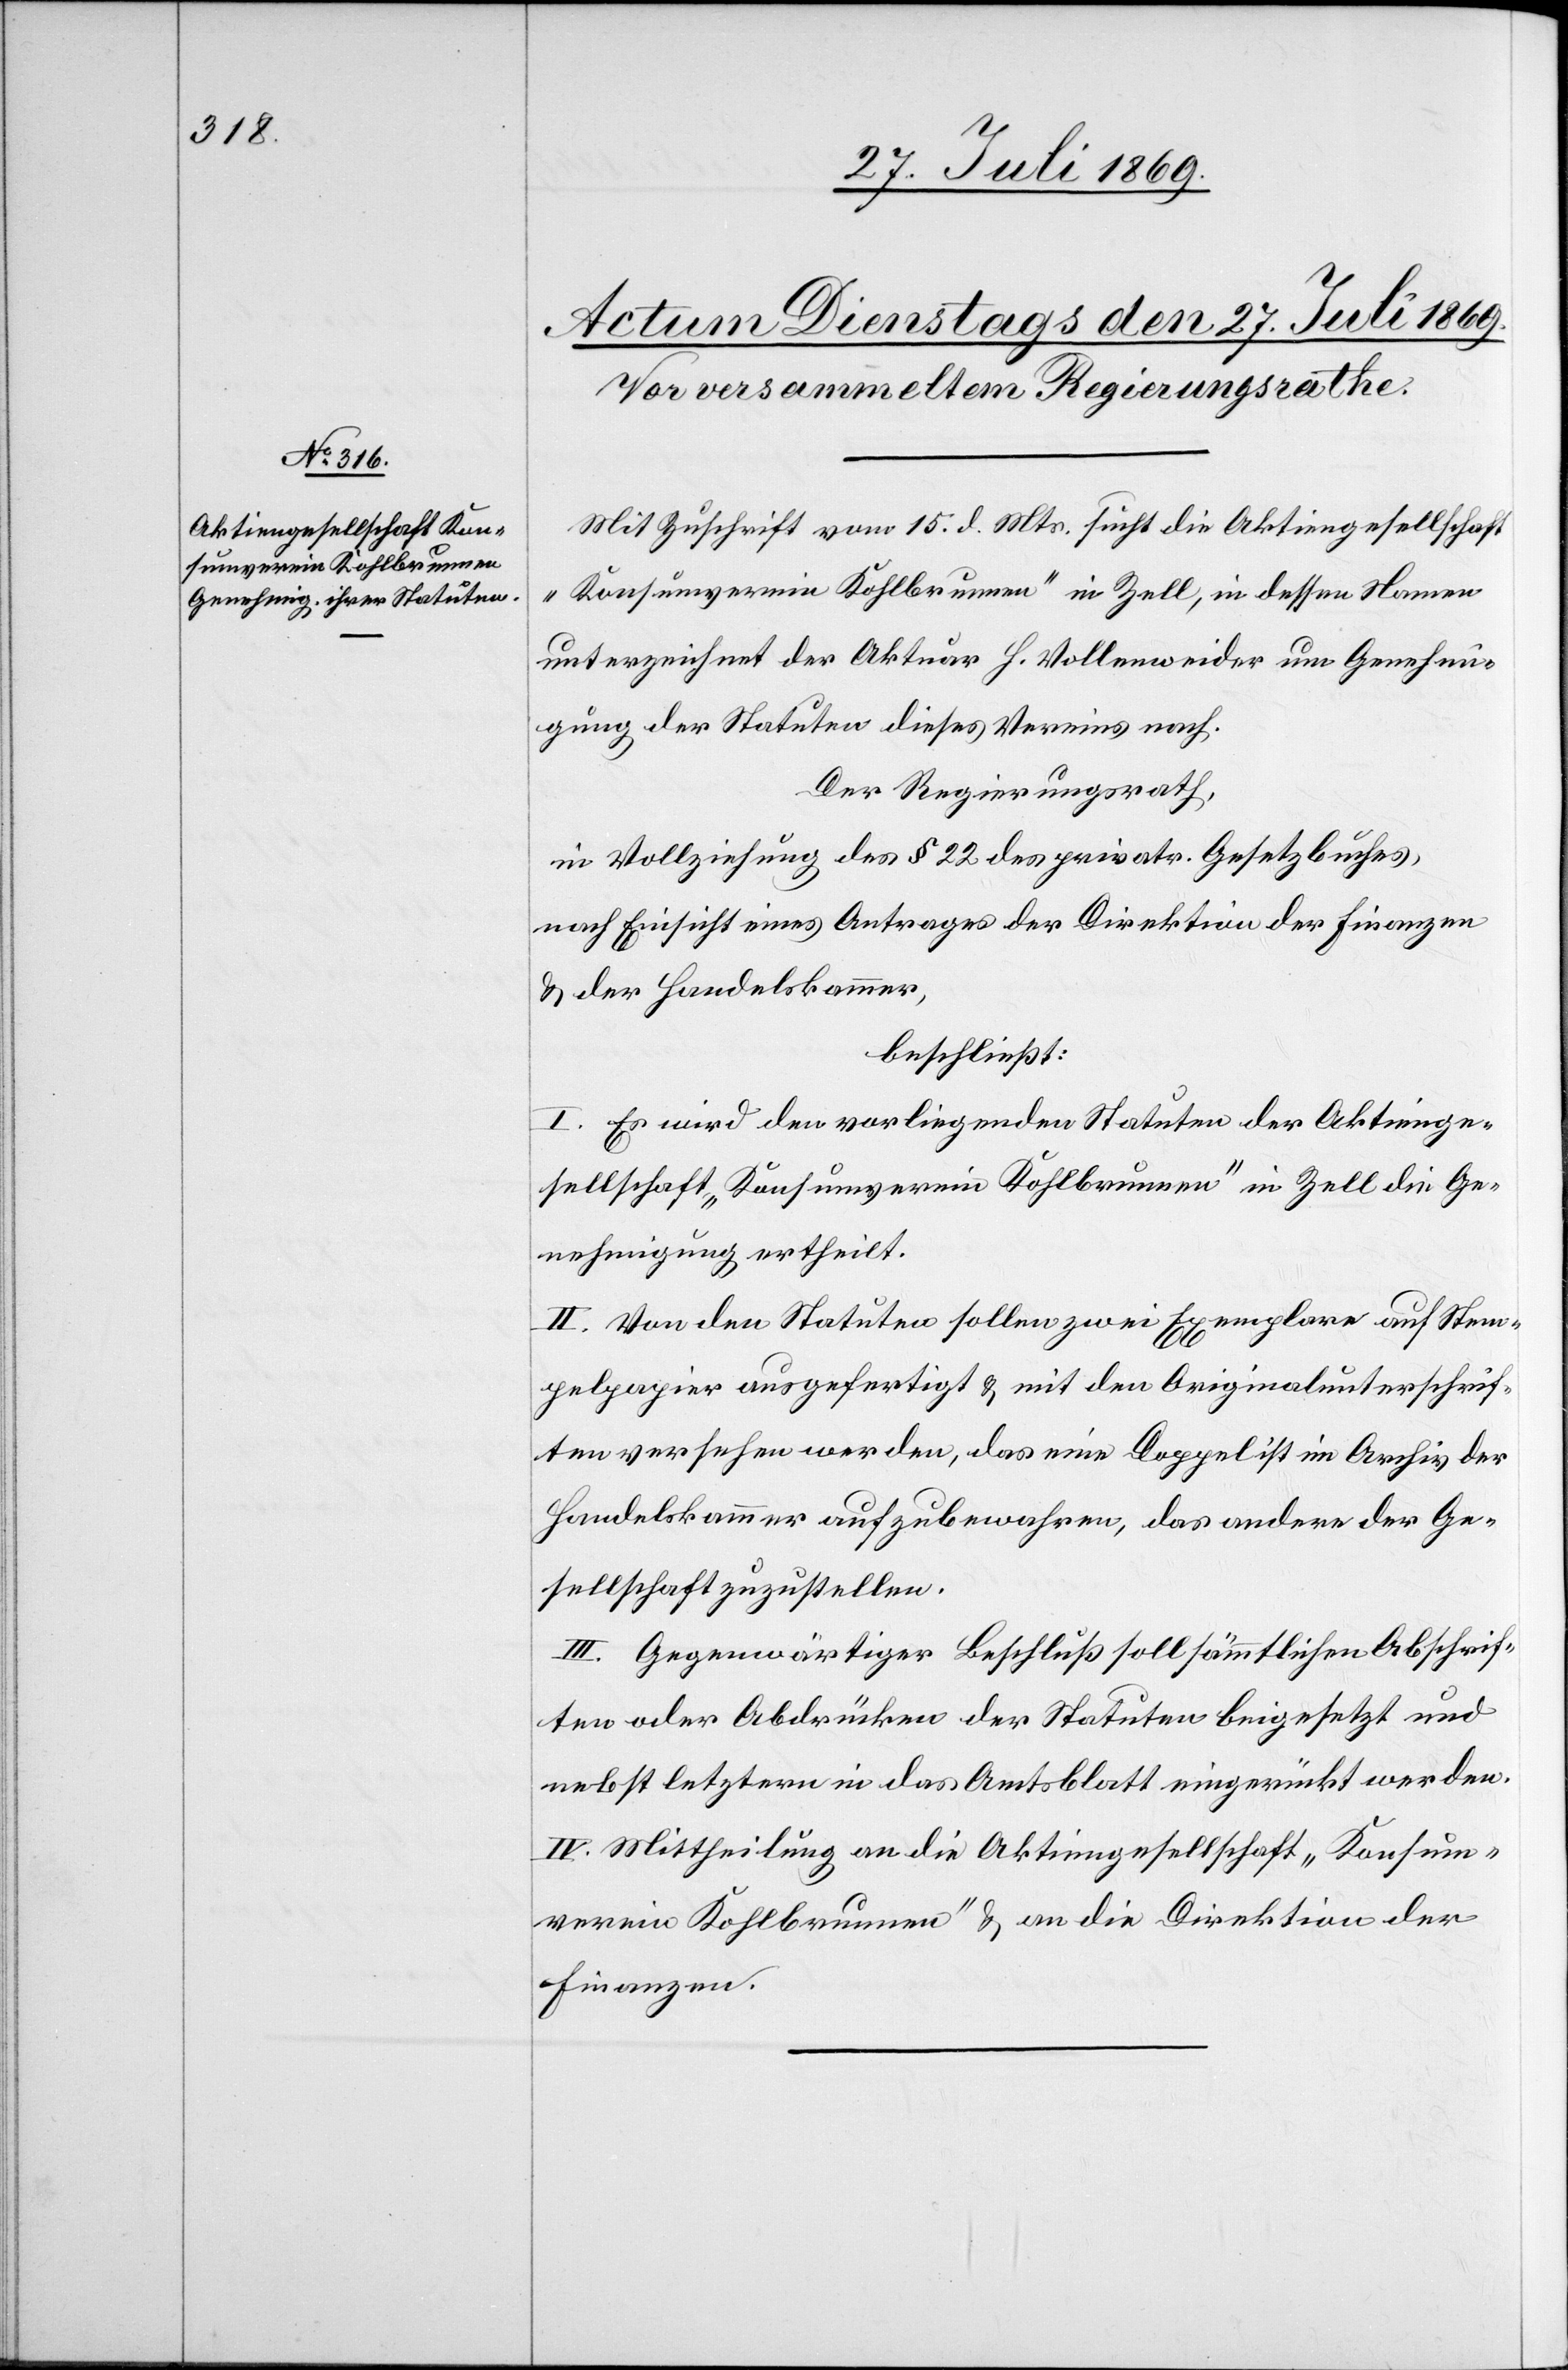
Mit Zuschrift vom 15. d. Mts. sucht die Aktiengesellschaft
„Konsumverein Kohlbrunnen“ in Zell, in dessen Namen
unterzeichnet der Aktuar H. Vollenweider um Genehmi¬
gung der Statuten dieses Vereines nach.
Der Regierungsrath,
in Vollziehung des § 22 des privatr. Gesetzbuches,
nach Einsicht eines Antrages der Direktion der Finanzen
u. der Handelskammer,
beschließt:
I. Es wird den vorliegenden Statuten der Aktienge¬
sellschaft „Konsumverein Kohlbrunnen“ in Zell die Ge¬
nehmigung ertheilt.
II. Von den Statuten sollen zwei Exemplare auf Stem¬
pelpapier angefertigt u. mit den Originalunterschrif¬
ten versehen werden, das eine Doppel ist im Archiv der
Handelskammer aufzubewahren, das andere der Ge¬
sellschaft zuzustellen.
III. Gegenwärtiger Beschluß soll sämmtlichen Abschrif¬
ten oder Abdrücken der Statuten beigesetzt und
nebst letztern in das Amtsblatt eingerückt werden.
IV. Mittheilung an die Aktiengesellschaft „Konsum¬
verein Kohlbrunnen“ u. an die Direktion der
Finanzen.